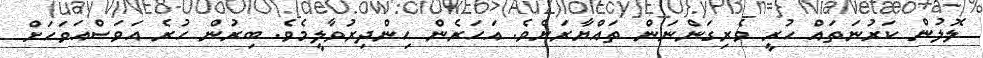
ލޮލުން ކަރުނަތައް ހުރީ ވެރިގަންނަން ތައްޔާރަށެވެ. އަހަރެން ހިންދިރުވާލީމެވެ. ބިރުން ހުރެ އަވަސްއަވަހަށް